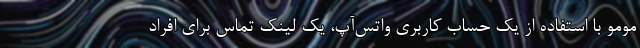
مومو با استفاده از یک حساب کاربری واتس‌آپ، یک لینک تماس برای افراد